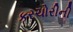
કરચોરીની